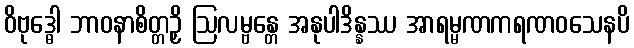
ဝိဗုဒ္ဓေါ ဘာဝနာစိတ္တဉှိ ဩလမ္ဗန္တေ အနုပါဒိန္နဿ အာရမ္မဏကရဏဝသေနပိ